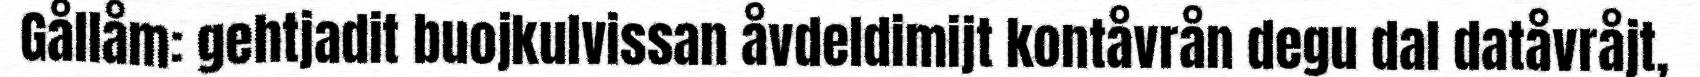
Gållåm: gehtjadit buojkulvissan åvdeldimijt kontåvrån degu dal datåvråjt,